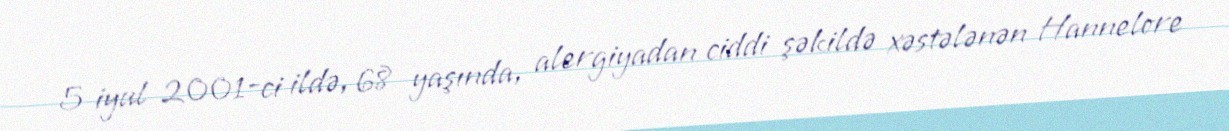
5 iyul 2001-ci ildə, 68 yaşında, alergiyadan ciddi şəkildə xəstələnən Hannelore